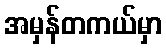
အမှန်တကယ်မှာ